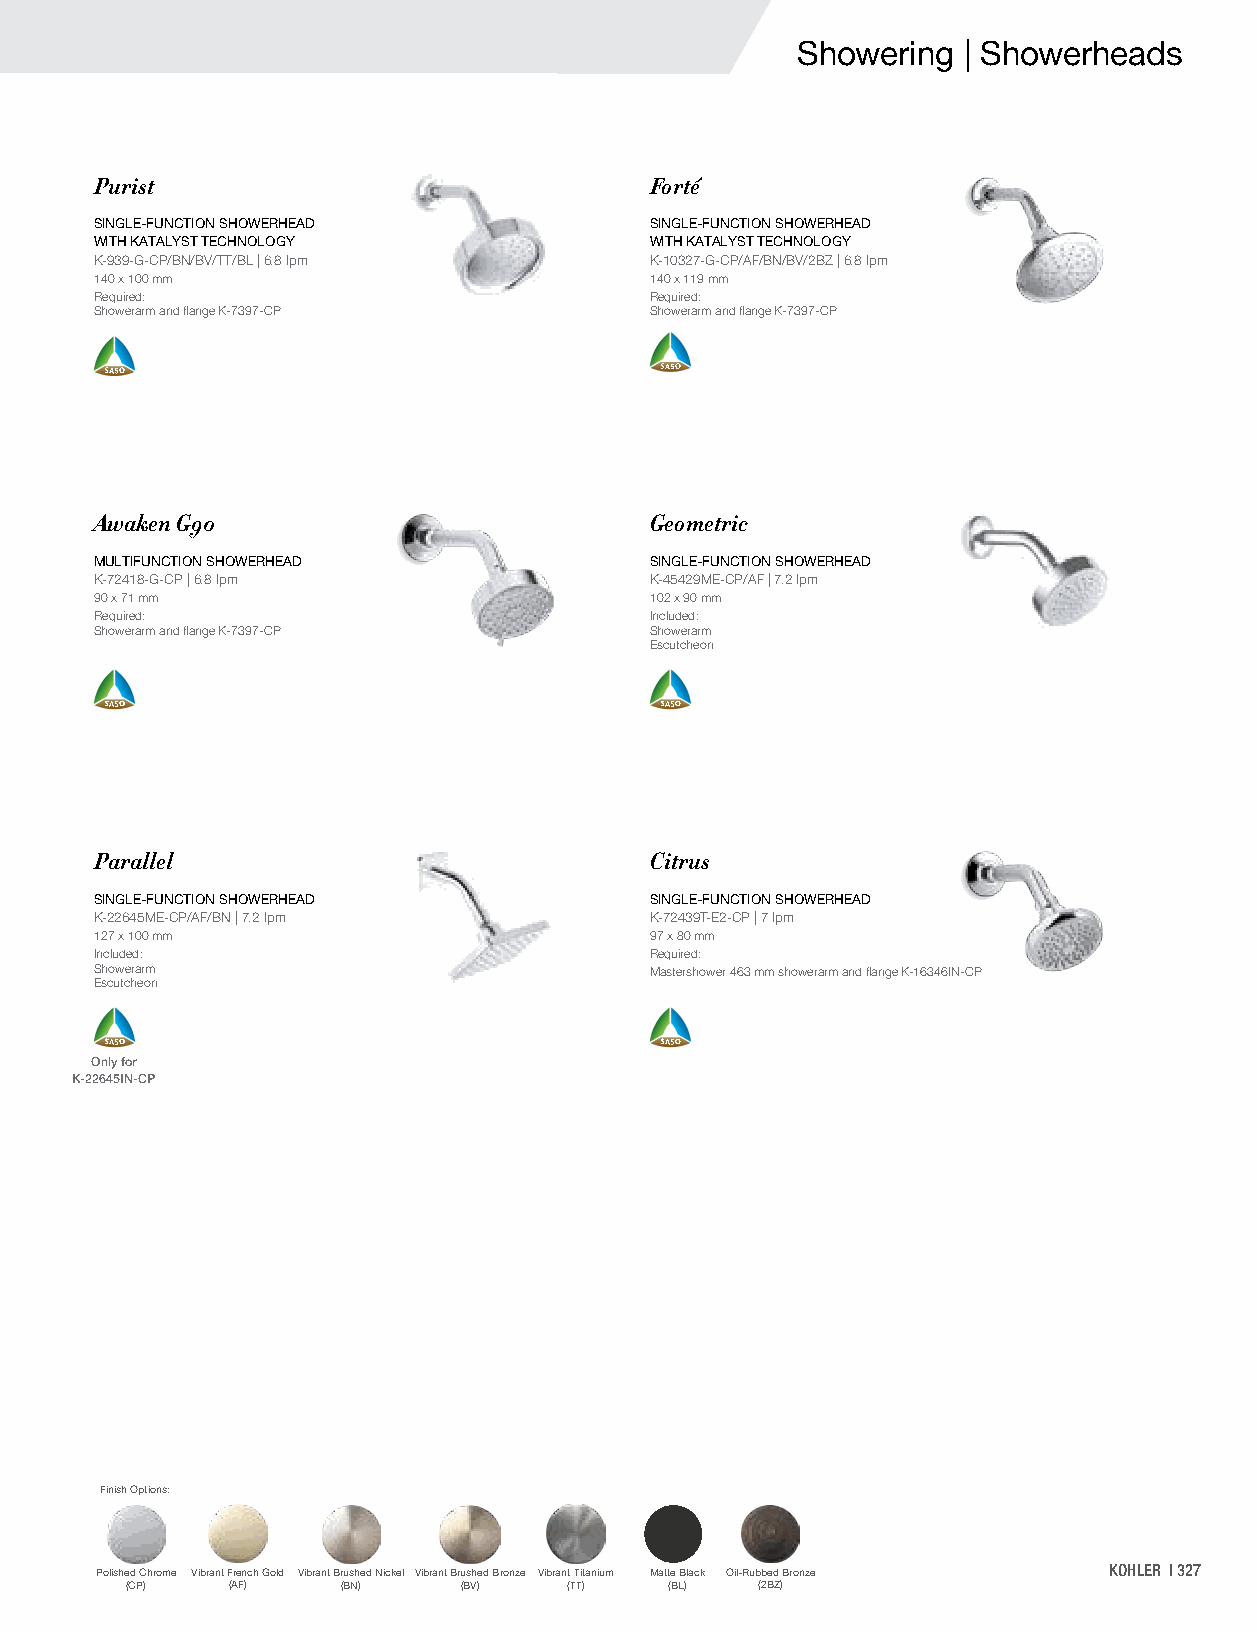
Showering  | Showerheads
 Purist                               Forté
 SINGLE-FUNCTION SHOWERHEAD           SINGLE-FUNCTION SHOWERHEAD
 WITH KATALYST TECHNOLOGY             WITH KATALYST TECHNOLOGY
 K-939-G-CP/BN/BV/TT/BL | 6.8 lpm     K-10327-G-CP/AF/BN/BV/2BZ | 6.8 lpm
 140 x 100 mm                         140 x 119 mm
 Required:                            Required:
 Showerarm and flange K-7397-CP       Showerarm and flange K-7397-CP
 Awaken G90                           Geometric
 MULTIFUNCTION SHOWERHEAD             SINGLE-FUNCTION SHOWERHEAD
 K-72418-G-CP | 6.8 lpm               K-45429ME-CP/AF | 7.2 lpm
 90 x 71 mm                           102 x 90 mm
 Required:                            Included:
 Showerarm and flange K-7397-CP       Showerarm
 Escutcheon
 Parallel                             Citrus
 SINGLE-FUNCTION SHOWERHEAD           SINGLE-FUNCTION SHOWERHEAD
 K-22645ME-CP/AF/BN | 7.2 lpm         K-72439T-E2-CP | 7 lpm
 127 x 100 mm                         97 x 80 mm
 Included:                            Required:
 Showerarm                            Mastershower 463 mm showerarm and flange K-16346IN-CP
 Escutcheon
 Only for
 K-22645IN-CP
 Finish Options:
 Polished Chrome Vibrant French Gold Vibrant Brushed Nickel Vibrant Brushed Bronze Vibrant Titanium Matte Black Oil-Rubbed Bronze KOHLER | 327
 (CP)   (AF)    (BN)   (BV)    (TT)  (BL)  (2BZ)